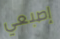
إصبعي